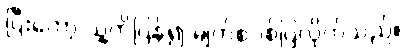
ပြီးတော့ သူ့ကိုပြန်၍ မျက်စပစ်ပြလိုက်သည်။